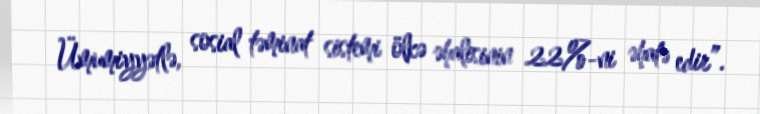
Ümumiyyətlə, sosial təminat sistemi ölkə əhalisinin 22%-ni əhatə edir”.